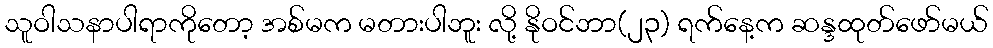
သူဝါသနာပါရာကိုတော့ အစ်မက မတားပါဘူး လို့ နိုဝင်ဘာ(၂၃) ရက်နေ့က ဆန္ဒထုတ်ဖော်မယ်